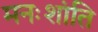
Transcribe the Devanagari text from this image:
मनःशांति